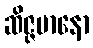
ဆိဇ္ဇမာနော